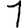
Digit: 1